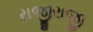
રાજીરાજી